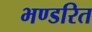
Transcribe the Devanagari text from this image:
भण्डरित